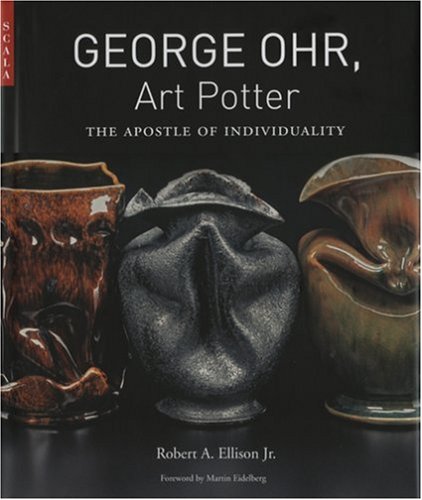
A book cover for George Ohr, Art Potter: The Apostle of Individuality; Robert A., Jr. Ellison; Crafts, Hobbies & Home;